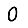
Digit: 0